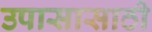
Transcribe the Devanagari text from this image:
उपासासाठी